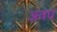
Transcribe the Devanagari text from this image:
अवघं